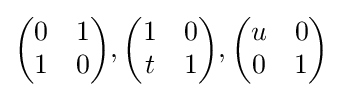
{\begin{pmatrix}0&1\\1&0\end{pmatrix}},{\begin{pmatrix}1&0\\t&1\end{pmatrix}},{\begin{pmatrix}u&0\\0&1\end{pmatrix}}